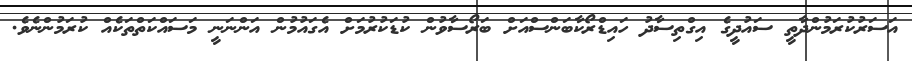
އަސަރުކުރަމުންދާތީ ސައުދީގެ އިގްތިސާދު ހައިޑްރޯކާބަންސްއަށް ބަރޯސާވުން ކުޑަކުރުމަށް އެގައުމުން އަންނަނީ މަސައްކަތްތަކެއް ކުރަމުންނެވެ.